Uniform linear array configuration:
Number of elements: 64
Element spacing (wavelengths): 1
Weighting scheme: hann
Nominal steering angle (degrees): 30
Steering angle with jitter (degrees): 28.951
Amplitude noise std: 0.05
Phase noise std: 0.05

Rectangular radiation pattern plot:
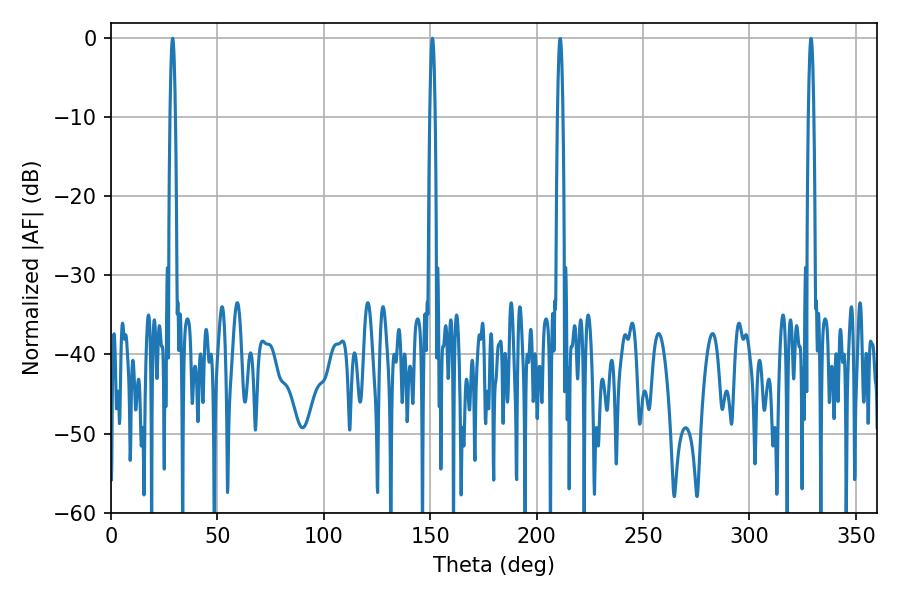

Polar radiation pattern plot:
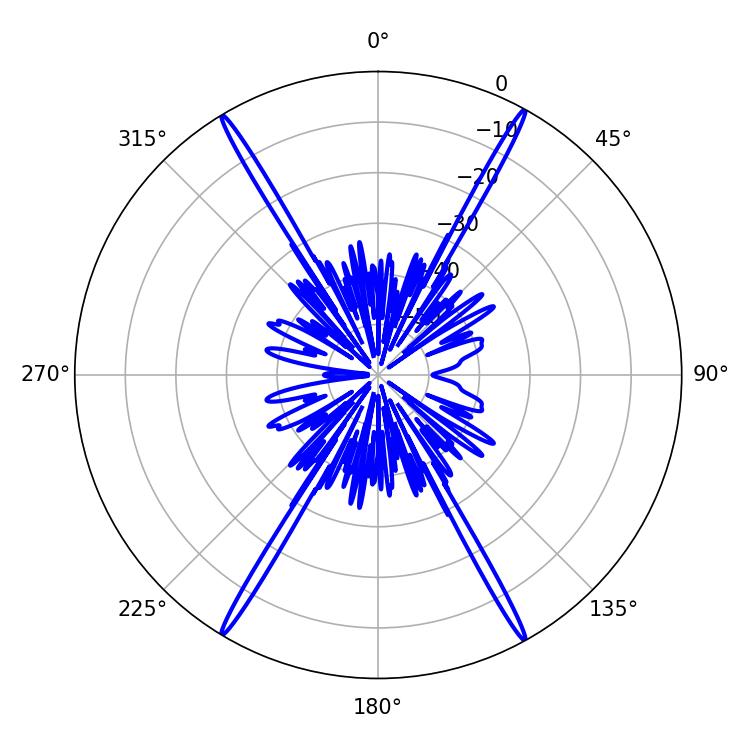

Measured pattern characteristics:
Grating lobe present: TRUE
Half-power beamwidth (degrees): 1.44
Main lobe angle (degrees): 151.02